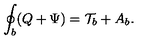
\oint _ { b } ( Q + \Psi ) = { \cal T } _ { b } + A _ { b } .